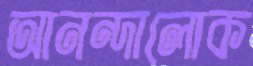
আনন্দালোক